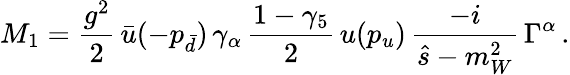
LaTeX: M_{1}=\frac{g^{2}}{2}\, \bar{u}(-p_{\bar{d}})\, \gamma_{\alpha}\, \frac{1-\gamma_{5}}{2}\, u(p_{u})\, \frac{-i}{\hat{s}-m_{W}^{2}}\, \Gamma^{\alpha}\, .